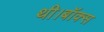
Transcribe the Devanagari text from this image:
थी।बॉक्स